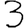
Digit: 3